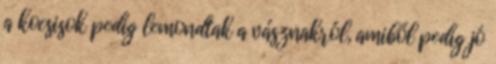
a kocsisok pedig lemondtak a vásznakról, amiből pedig jó